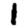
Digit: 1